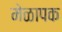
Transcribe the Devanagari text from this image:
मेळापक